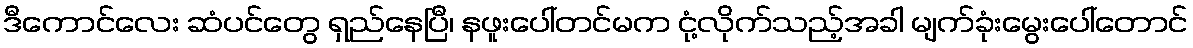
ဒီကောင်လေး ဆံပင်တွေ ရှည်နေပြီ၊ နဖူးပေါ်တင်မက ငုံ့လိုက်သည့်အခါ မျက်ခုံးမွေးပေါ်တောင်